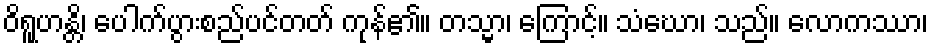
ဝိရူဟန္တိ၊ ပေါက်ပွားစည်ပင်တတ် ကုန်၏။ တသ္မာ၊ ကြောင့်။ သံဃော၊ သည်။ လောကဿာ၊